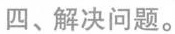
四、解决问题。